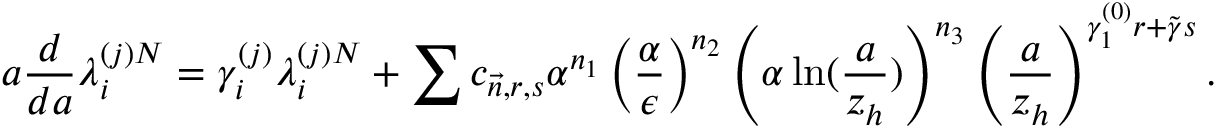
a \frac { d } { d a } \lambda _ { i } ^ { ( j ) N } = \gamma _ { i } ^ { ( j ) } \lambda _ { i } ^ { ( j ) N } + \sum c _ { \vec { n } , r , s } \alpha ^ { n _ { 1 } } \left( \frac { \alpha } { \epsilon } \right) ^ { n _ { 2 } } \left( \alpha \ln ( \frac { a } { z _ { h } } ) \right) ^ { n _ { 3 } } \left( \frac { a } { z _ { h } } \right) ^ { \gamma _ { 1 } ^ { ( 0 ) } r + \tilde { \gamma } s } .